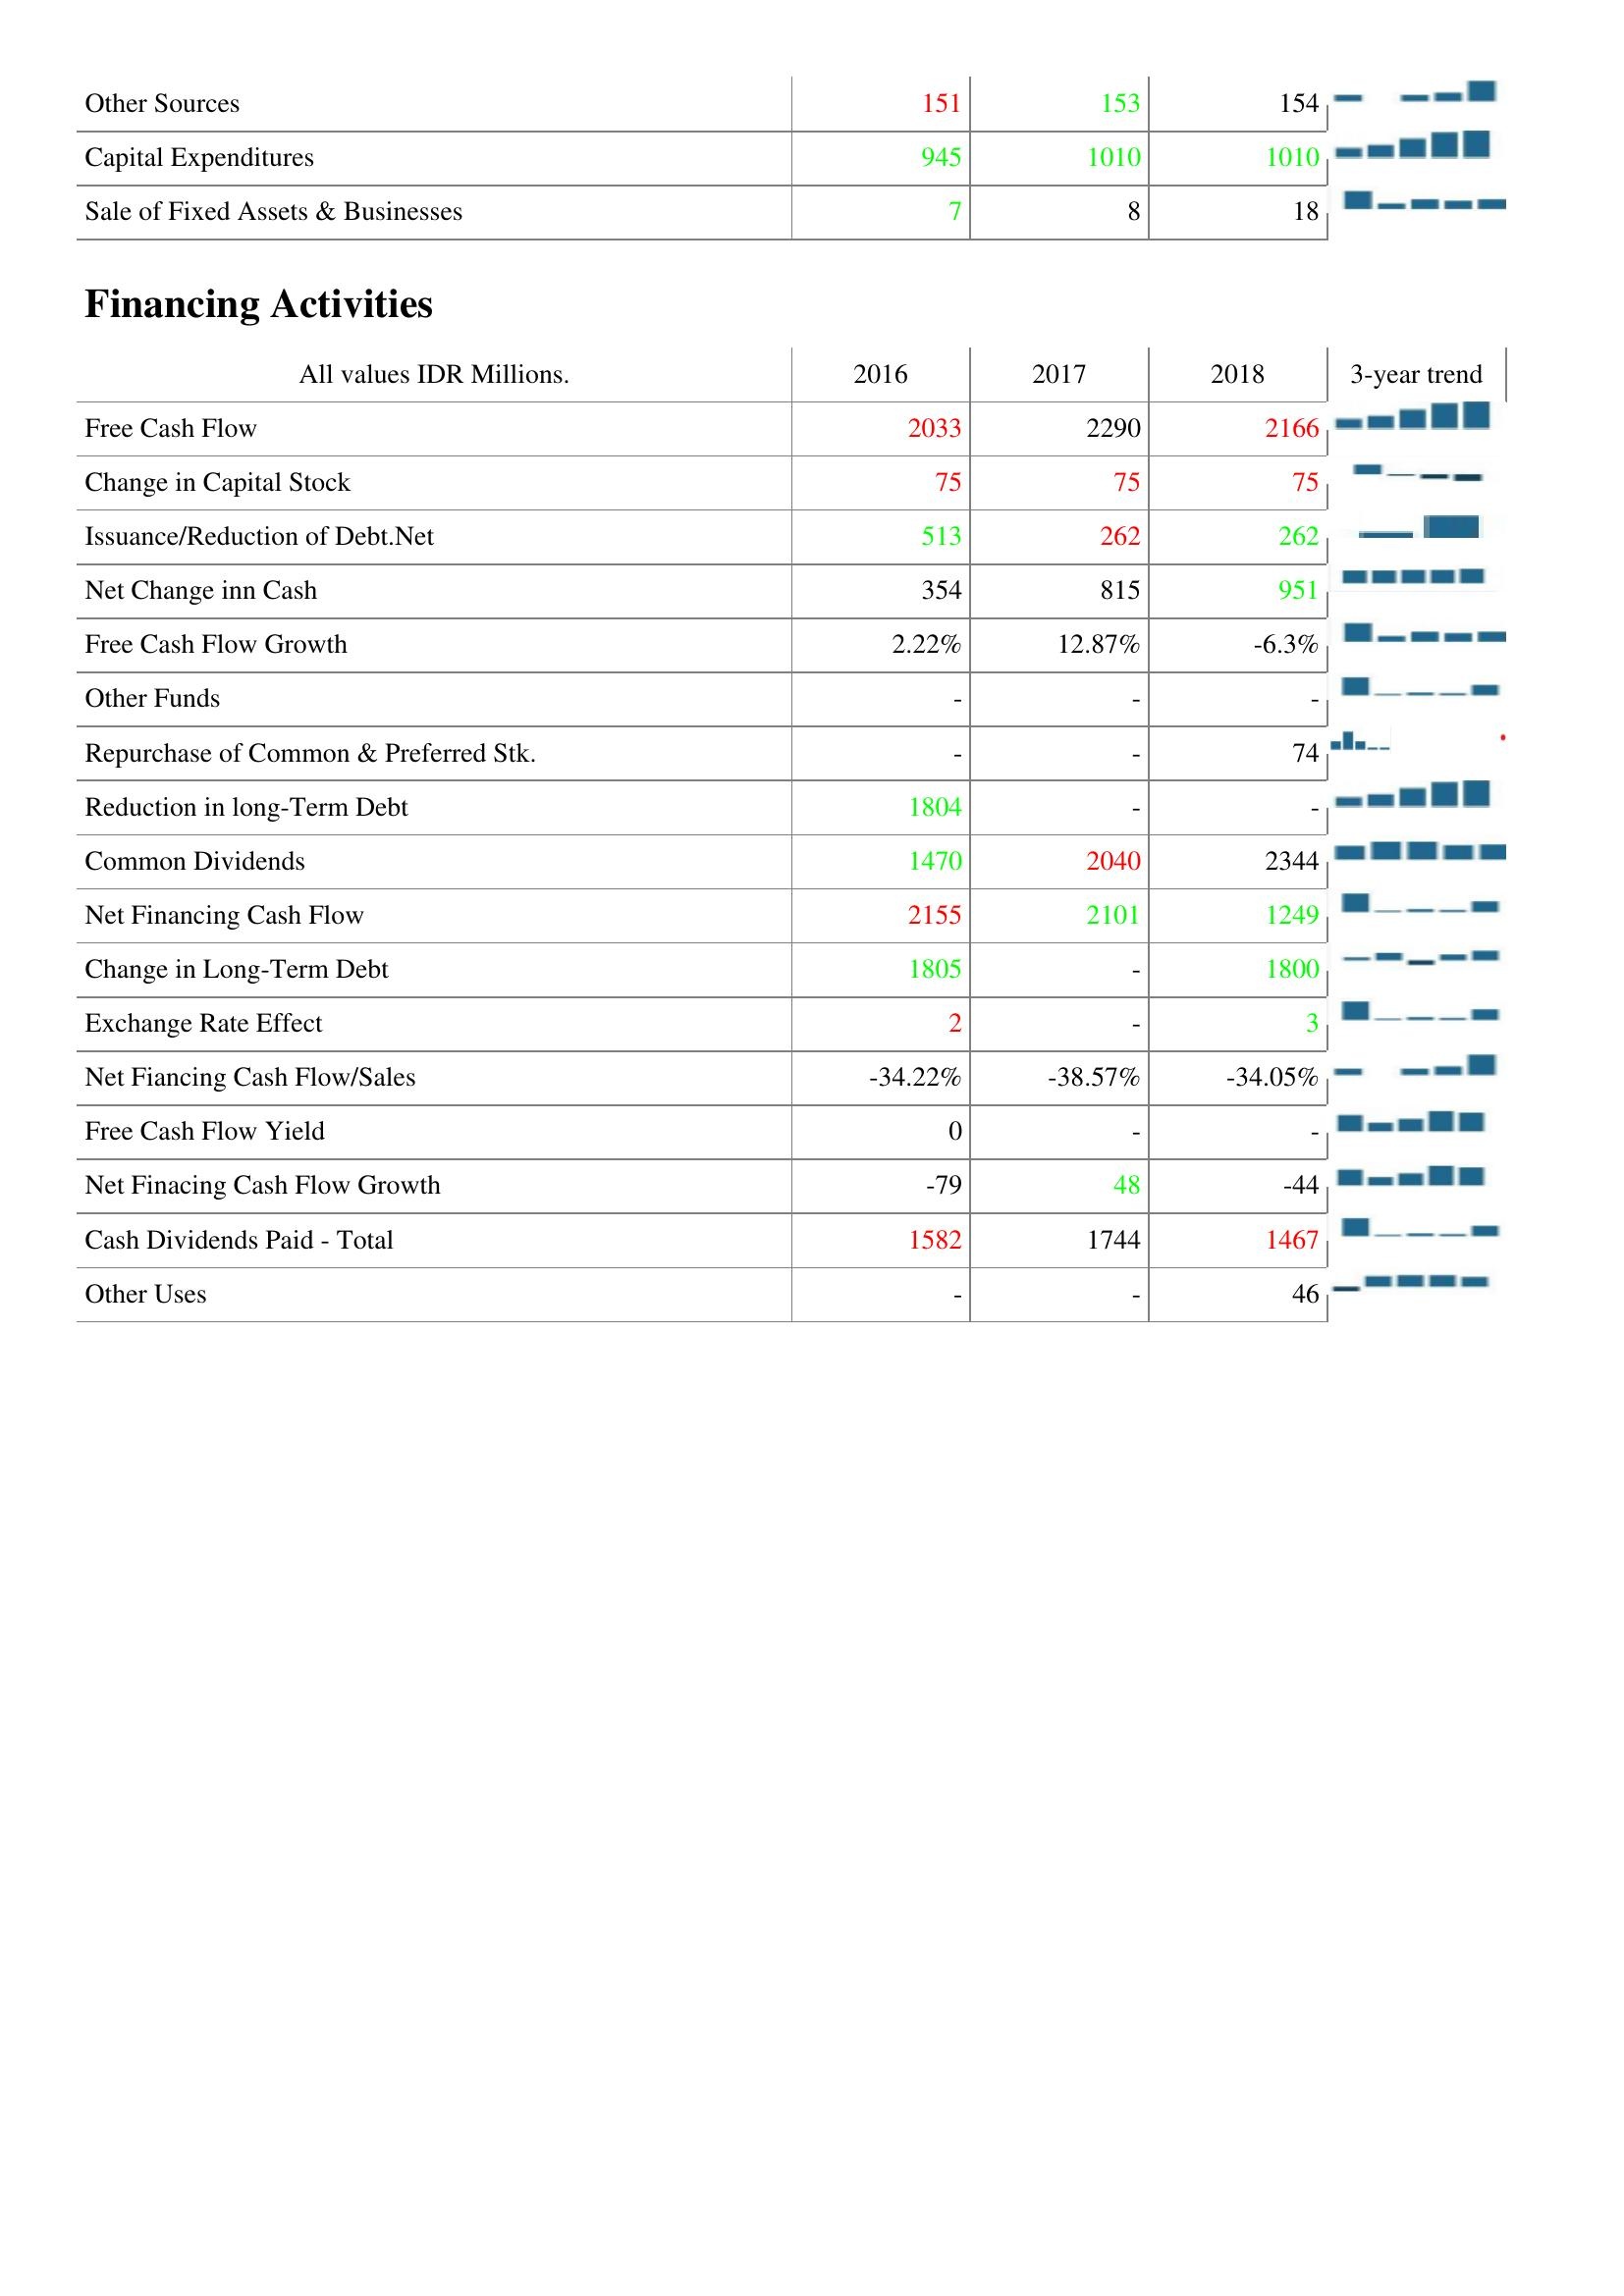
2016: Investing Activities: Other Sources: 151
Capital Expenditures: 945
Sale of Fixed Assets & Businesses: 7
Financing Activities: Free Cash Flow: 2033
Change in Capital Stock: 75
Issuance/Reduction of Debt.Net: 513
Net Change inn Cash: 354
Free Cash Flow Growth: 2.22%
Other Funds: -
Repurchase of Common & Preferred Stk.: -
Reduction in long-Term Debt: 1804
Common Dividends: 1470
Net Financing Cash Flow: 2155
Change in Long-Term Debt: 1805
Exchange Rate Effect: 2
Net Fiancing Cash Flow/Sales: -34.22%
Free Cash Flow Yield: 0
Net Finacing Cash Flow Growth: -79
Cash Dividends Paid - Total: 1582
Other Uses: -
2017: Investing Activities: Other Sources: 153
Capital Expenditures: 1010
Sale of Fixed Assets & Businesses: 8
Financing Activities: Free Cash Flow: 2290
Change in Capital Stock: 75
Issuance/Reduction of Debt.Net: 262
Net Change inn Cash: 815
Free Cash Flow Growth: 12.87%
Other Funds: -
Repurchase of Common & Preferred Stk.: -
Reduction in long-Term Debt: -
Common Dividends: 2040
Net Financing Cash Flow: 2101
Change in Long-Term Debt: -
Exchange Rate Effect: -
Net Fiancing Cash Flow/Sales: -38.57%
Free Cash Flow Yield: -
Net Finacing Cash Flow Growth: 48
Cash Dividends Paid - Total: 1744
Other Uses: -
2018: Investing Activities: Other Sources: 154
Capital Expenditures: 1010
Sale of Fixed Assets & Businesses: 18
Financing Activities: Free Cash Flow: 2166
Change in Capital Stock: 75
Issuance/Reduction of Debt.Net: 262
Net Change inn Cash: 951
Free Cash Flow Growth: -6.3%
Other Funds: -
Repurchase of Common & Preferred Stk.: 74
Reduction in long-Term Debt: -
Common Dividends: 2344
Net Financing Cash Flow: 1249
Change in Long-Term Debt: 1800
Exchange Rate Effect: 3
Net Fiancing Cash Flow/Sales: -34.05%
Free Cash Flow Yield: -
Net Finacing Cash Flow Growth: -44
Cash Dividends Paid - Total: 1467
Other Uses: 46